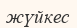
жүйкес